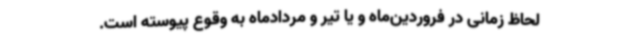
لحاظ زمانی در فروردین‌ماه و یا تیر و مردادماه به وقوع پیوسته است.